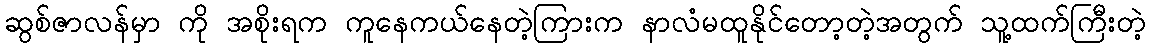
ဆွစ်ဇာလန်မှာ ကို အစိုးရက ကူနေကယ်နေတဲ့ကြားက နာလံမထူနိုင်တော့တဲ့အတွက် သူ့ထက်ကြီးတဲ့